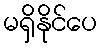
မရှိနိုင်ပေ